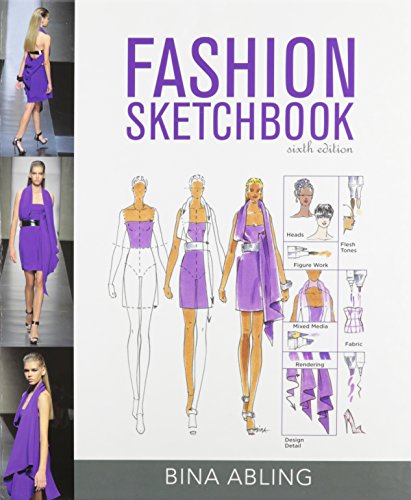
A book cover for Fashion Sketchbook; Bina Abling; Arts & Photography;